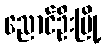
ညောင်ဦးမြို့